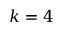
k = 4